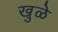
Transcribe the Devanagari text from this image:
खुळे